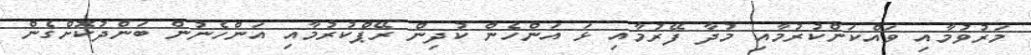
މަރުވުމާއި ވައްކަންކުރުމާއި މުދާ ފޭރުމާއި ޅަ އަންހެން ކުދިން ރޭޕްކުރުމާއި އަންހެނުން ބަންދުކޮށްގެން